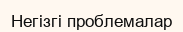
Негізгі проблемалар